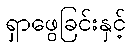
ရှာဖွေခြင်းနှင့်